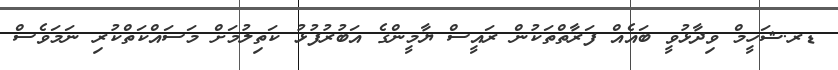
ޑރ.ޝަހީމް ވިދާޅުވީ ބައެއް ފަރާތްތަކުން ރައީސް ޔާމީންގެ އަބުރުފުޅު ކަތިލުމަށް މަސައްކަތްކުރި ނަމަވެސް